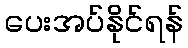
ပေးအပ်နိုင်ရန်